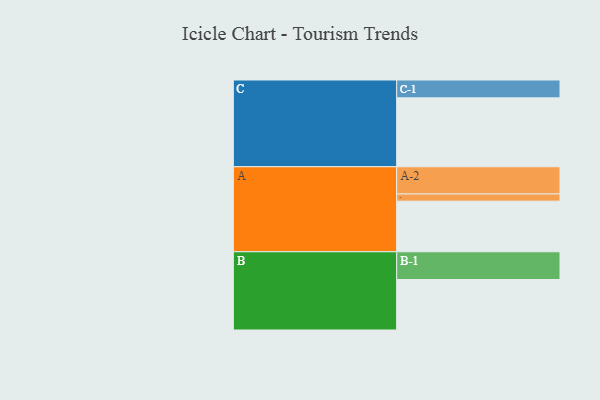
{"axis": {"x": "Segment", "y": "Value"}, "legend": ["", "A", "B", "C"], "data": [{"x": "A", "y": 374, "type": ""}, {"x": "B", "y": 373, "type": ""}, {"x": "C", "y": 509, "type": ""}, {"x": "A-1", "y": 53, "type": "A"}, {"x": "A-2", "y": 201, "type": "A"}, {"x": "B-1", "y": 205, "type": "B"}, {"x": "C-1", "y": 132, "type": "C"}]}